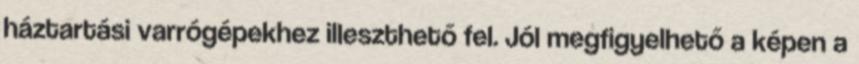
háztartási varrógépekhez illeszthető fel. Jól megfigyelhető a képen a